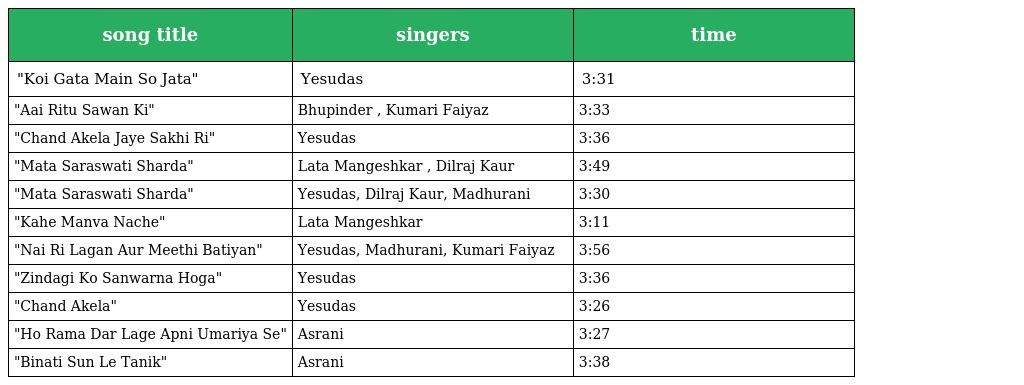
| song title | singers | time |
 | --- | --- | --- |
 | "Koi Gata Main So Jata" | Yesudas | 3:31 |
 | "Aai Ritu Sawan Ki" | Bhupinder , Kumari Faiyaz | 3:33 |
 | "Chand Akela Jaye Sakhi Ri" | Yesudas | 3:36 |
 | "Mata Saraswati Sharda" | Lata Mangeshkar , Dilraj Kaur | 3:49 |
 | "Mata Saraswati Sharda" | Yesudas, Dilraj Kaur, Madhurani | 3:30 |
 | "Kahe Manva Nache" | Lata Mangeshkar | 3:11 |
 | "Nai Ri Lagan Aur Meethi Batiyan" | Yesudas, Madhurani, Kumari Faiyaz | 3:56 |
 | "Zindagi Ko Sanwarna Hoga" | Yesudas | 3:36 |
 | "Chand Akela" | Yesudas | 3:26 |
 | "Ho Rama Dar Lage Apni Umariya Se" | Asrani | 3:27 |
 | "Binati Sun Le Tanik" | Asrani | 3:38 |